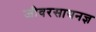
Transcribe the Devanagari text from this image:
जीवरसायनज्ञ